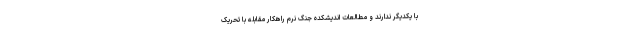
با یکدیگر ندارند و مطالعات اندیشکده جنگ نرم راهکار مقابله با تحریک